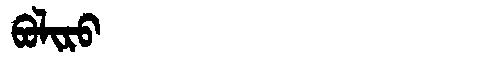
Manchu: ᠪᠣᠯᡳᡵᠣ
Romanization: BOLIRO